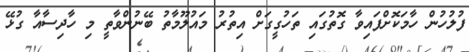
ފުލުހުން ހާމަކޮށްފައިވާ ގޮތުގައި ތަހުގީގަށް އިތުރު މައުލޫމާތު ބޭނުންވާތީ މި ހާދިސާއާ ގުޅޭ